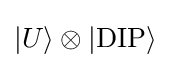
|U\rangle \otimes |{\text{DIP}}\rangle